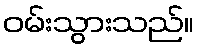
ဝမ်းသွားသည်။